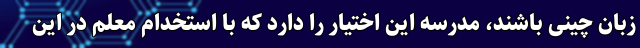
زبان چینی باشند، مدرسه این اختیار را دارد که با استخدام معلم در این